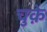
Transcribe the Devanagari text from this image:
चुक़े